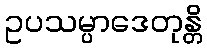
ဥပသမ္ပာဒေတုန္တိ